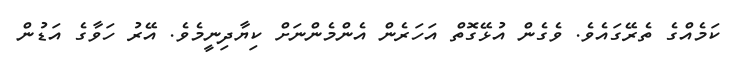
ކަމެއްގެ ތެރޭގައެވެ. ވެގެން އުޅޭގޮތް އަހަރެން އެންމެންނަށް ކިޔާދިނީމެވެ. އޭރު ހަވާގެ އަޑުން